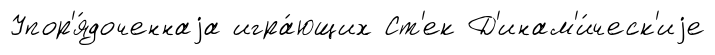
Упор'я́доченнаjа игра́ющих Ст'ек Д'инам'и́ческ'иjе